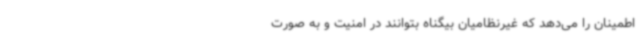
اطمینان را می‌دهد که غیرنظامیان بیگناه بتوانند در امنیت و به صورت